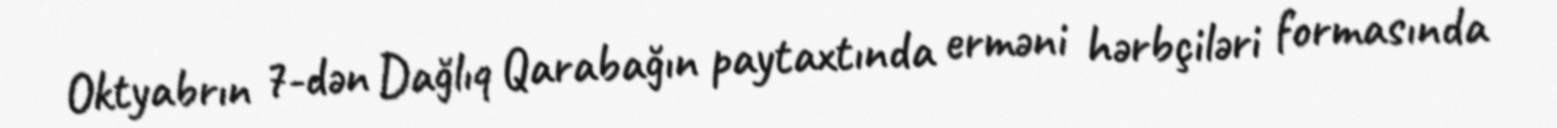
Oktyabrın 7-dən Dağlıq Qarabağın paytaxtında erməni hərbçiləri formasında